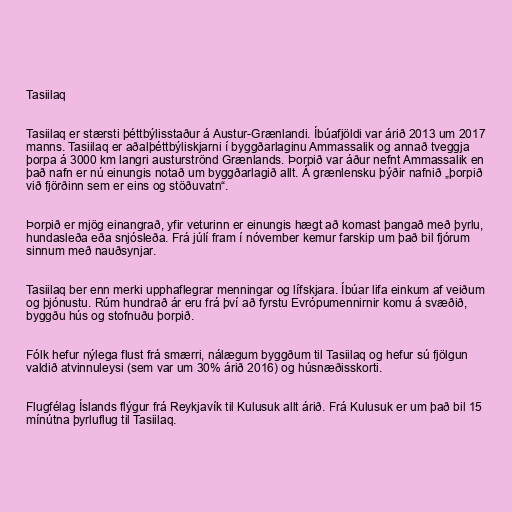
Tasiilaq

Tasiilaq er stærsti þéttbýlisstaður á Austur-Grænlandi. Íbúafjöldi var árið 2013 um 2017
manns. Tasiilaq er aðalþéttbýliskjarni í byggðarlaginu Ammassalik og annað tveggja
þorpa á 3000 km langri austurströnd Grænlands. Þorpið var áður nefnt Ammassalik en
það nafn er nú einungis notað um byggðarlagið allt. Á grænlensku þýðir nafnið „þorpið
við fjörðinn sem er eins og stöðuvatn“.

Þorpið er mjög einangrað, yfir veturinn er einungis hægt að komast þangað með þyrlu,
hundasleða eða snjósleða. Frá júlí fram í nóvember kemur farskip um það bil fjórum
sinnum með nauðsynjar.

Tasiilaq ber enn merki upphaflegrar menningar og lífskjara. Íbúar lifa einkum af veiðum
og þjónustu. Rúm hundrað ár eru frá því að fyrstu Evrópumennirnir komu á svæðið,
byggðu hús og stofnuðu þorpið.

Fólk hefur nýlega flust frá smærri, nálægum byggðum til Tasiilaq og hefur sú fjölgun
valdið atvinnuleysi (sem var um 30% árið 2016) og húsnæðisskorti.

Flugfélag Íslands flýgur frá Reykjavík til Kulusuk allt árið. Frá Kulusuk er um það bil 15
mínútna þyrluflug til Tasiilaq.